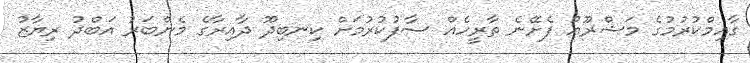
ގާއިމްކުރުމުގެ މަޝްރޫއު ފެށޭނެ ތާރީހެއް ސާފުކުރުމަށް ކިނބިދޫ ދާއިރާގެ މެންބަރު އަބްދު ރިޔާޒު